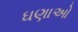
ઘણાઓ